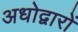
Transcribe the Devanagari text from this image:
अधोद्वारों